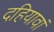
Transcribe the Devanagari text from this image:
दहियावां